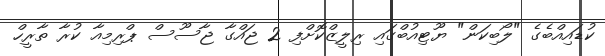
ކުޑައިއްބެގެ "ލޯބިކަން" ޔޫޓިއުބްގައި ރިލީޒްކޮށްފި 2 ޖައްގާ ޖާސޫސް ޕްރިމިއާ ކުރާ ތާރީހް